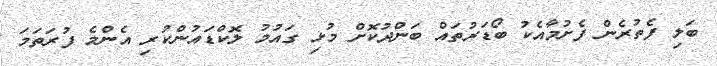
ބަލި ފެތުރެން ފެށުމާއެކު ބޯޑަރުތައް ބަންދުކޮށް މުޅި ގައުމު ލޮކްޑައުންކުރި އެންމެ ފުރަތަމަ